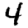
Digit: 4